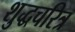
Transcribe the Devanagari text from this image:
शुद्धचरित्र